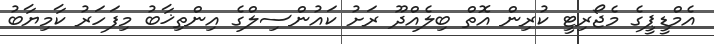
އެމްޑީޕީގެ މެޖޯރިޓީ ކުރިން އޮތް ބިލެއްދޫ ރަށު ކައުންސިލްގެ އިންތިޚާބު މިފަހަރު ކާމިޔާބު